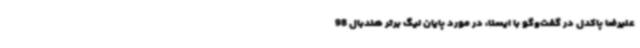
علیرضا پاکدل در گفت‌وگو با ایسنا، در مورد پایان لیگ برتر هندبال 98